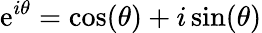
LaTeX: \mathrm{e}^{i\theta}=\cos(\theta)+i\sin(\theta)